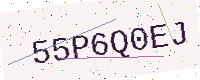
Text: 55P6Q0EJ